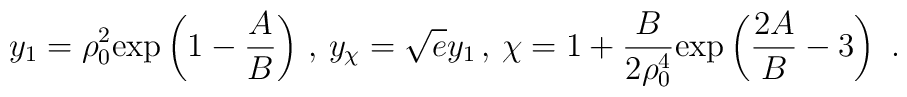
y_1 = \rho_0^2 \mathrm{exp}\left( 1-{A\over B}\right) \, ,\, y_{\chi}=\sqrt{e}y_1 \, , \,\chi=1 +{B\over 2 \rho_0^4}\mathrm{exp}\left( {2A\over B}-3\right)~.